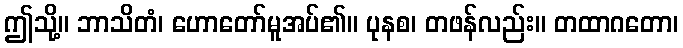
ဤသို့။ ဘာသိတံ၊ ဟောတော်မူအပ်၏။ ပုနစ၊ တဖန်လည်း။ တထာဂတော၊